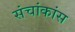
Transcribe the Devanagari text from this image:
संचांकांस